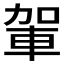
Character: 𮝋